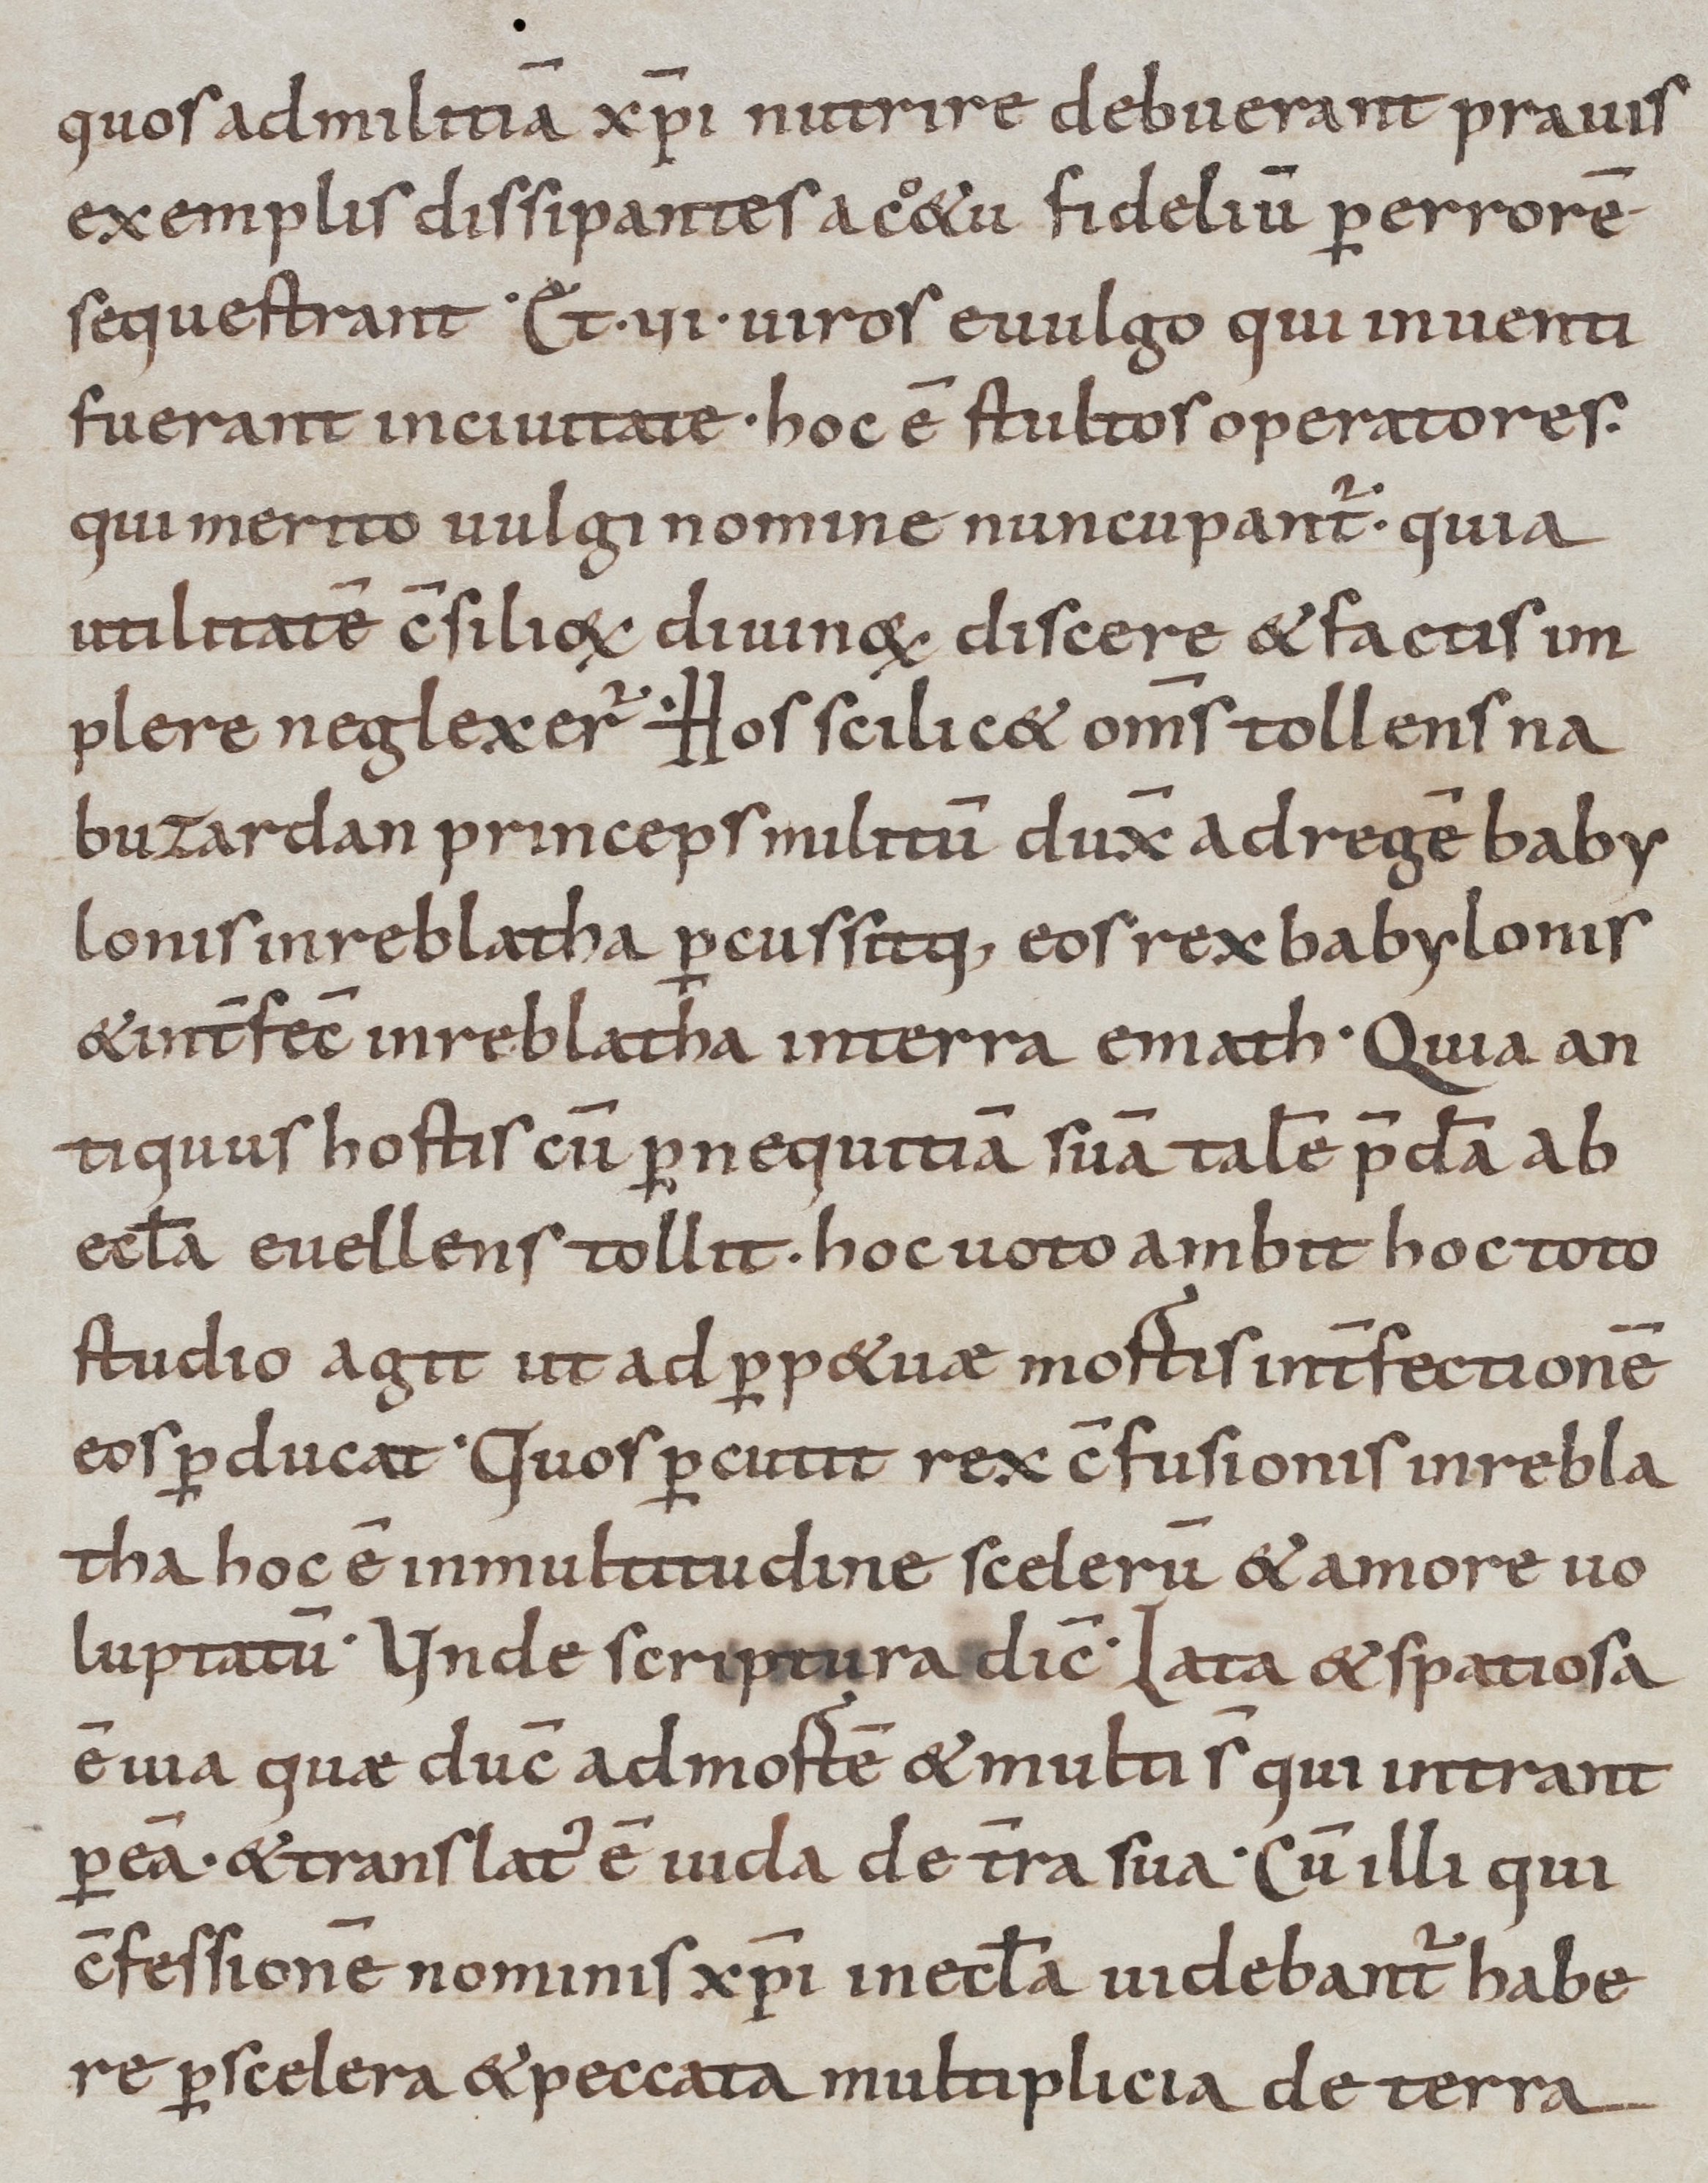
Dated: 800–899